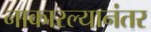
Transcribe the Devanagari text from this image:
नाकारल्यानंतर